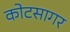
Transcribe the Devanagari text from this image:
कोटसागर